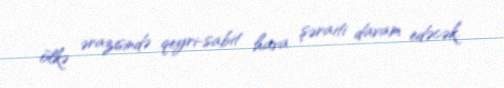
ölkə ərazisində qeyri-sabit hava şəraiti davam edəcək.